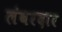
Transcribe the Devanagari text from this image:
लंबरदार